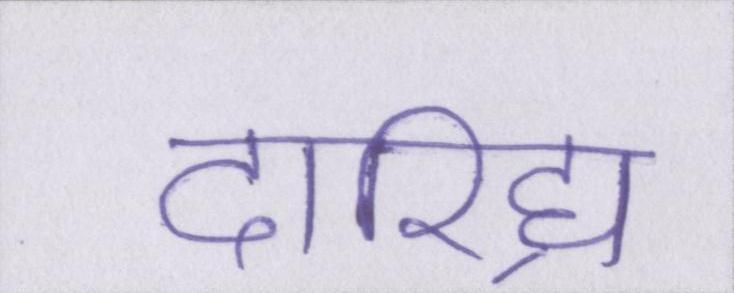
दारिद्र्य